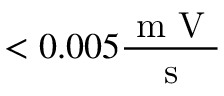
< 0 . 0 0 5 \frac { \mathrm { ~ m ~ V ~ } } { \mathrm { ~ s ~ } }